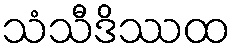
သံသီဒိဿထ